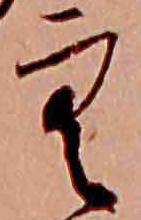
空